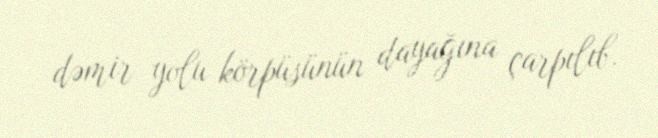
dəmir yolu körpüsünün dayağına çarpılıb.